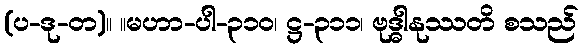
(ပ-ဒု-တ)။ ။မဟာ-ပါ-၃၁၀၊ ဋ္ဌ-၃၁၁၊ ဗုဒ္ဓါနုဿတိ စသည်